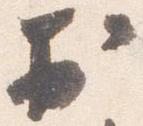
於